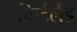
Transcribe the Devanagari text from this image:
किर्टलैंड